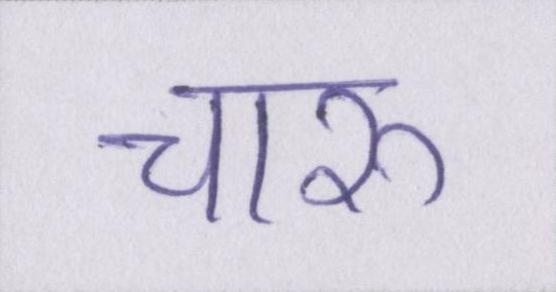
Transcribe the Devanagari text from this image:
चारु